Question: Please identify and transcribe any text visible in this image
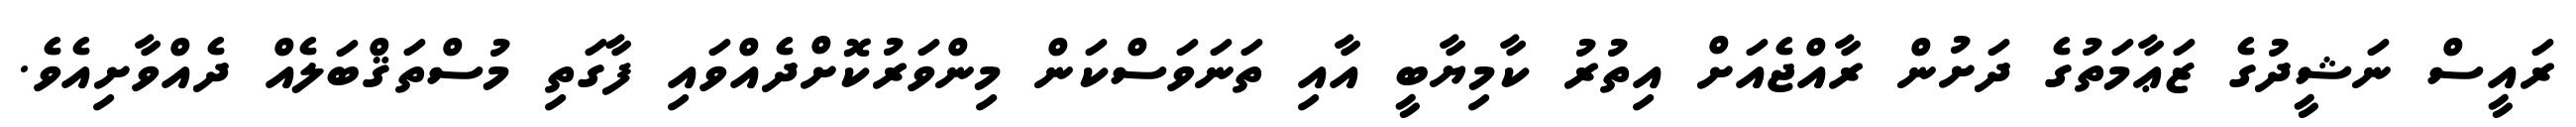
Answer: ރައީސް ނަޝީދުގެ ޒަޢާމަތުގެ ދަށުން ރާއްޖެއަށް އިތުރު ކާމިޔާބީ އާއި ތަނަވަސްކަން މިންވަރުކޮށްދެއްވައި ފާގަތި މުސްތަޤްބަލެއް ދެއްވާށިއެވެ.